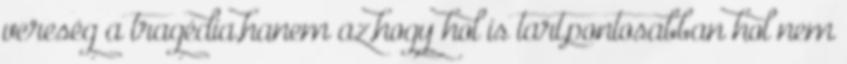
vereség a tragédia,hanem az,hogy hol is tart,pontosabban hol nem